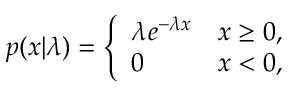
p ( x | \lambda ) = { \left\{ \begin{array} { l l } { \lambda e ^ { - \lambda x } } & { x \geq 0 , } \\ { 0 } & { x < 0 , } \end{array} \right. }